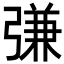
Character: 𢐎